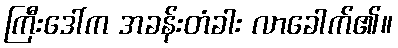
ကြီးဒေါ်က အခန်းတံခါး လာခေါက်၏။